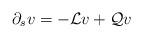
LaTeX: \begin{align*}\partial_{s}v=-\mathcal{L}v+\mathcal{Q}v\end{align*}